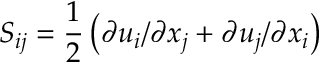
{ { S } _ { i j } } = \frac { 1 } { 2 } \left( \partial { { u } _ { i } } / \partial { { x } _ { j } } + \partial { { u } _ { j } } / \partial { { x } _ { i } } \right)